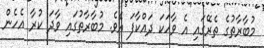
މުބާރާތުގެ ތެރޭގައި އެ ވާހަކަ ދައްކާފަ އެވެ. މުބާރާތުގައި ވާދަ ކުރާ އެހެން